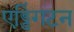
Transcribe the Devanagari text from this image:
एड्डिंगटन